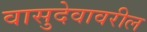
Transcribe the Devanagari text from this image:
वासुदेवावरील